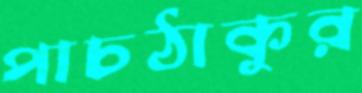
পাচঠাকুর